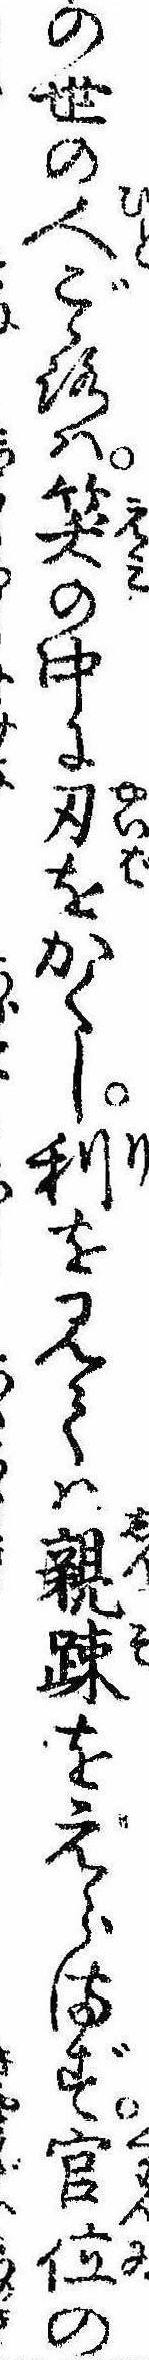
の世の人ごゝろは笑の中に刃をかくし利を見ては親疎をえらまず官位の